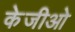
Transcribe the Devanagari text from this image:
केजीओ